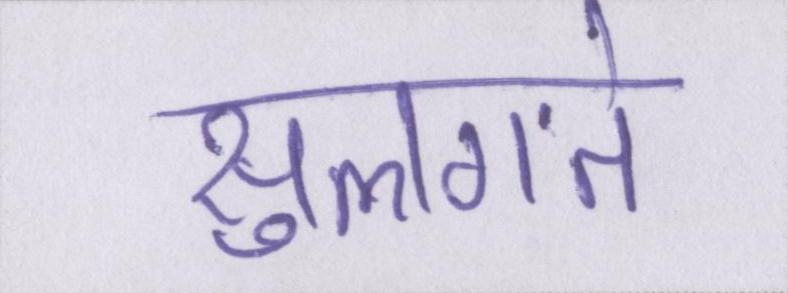
सुलगते